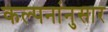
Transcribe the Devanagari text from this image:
कल्पनांनुसार